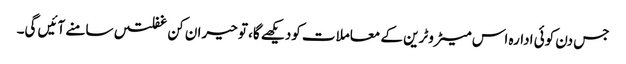
جس دن کوئی ادارہ اس میٹروٹرین کے معاملات کودیکھے گا، تو حیران کن غفلتیں سامنے آئیں گی۔